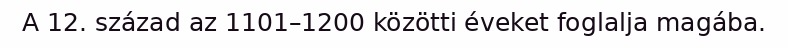
A 12. század az 1101–1200 közötti éveket foglalja magába.